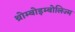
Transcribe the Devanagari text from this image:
थ्रोम्बोइम्बोलिज्म